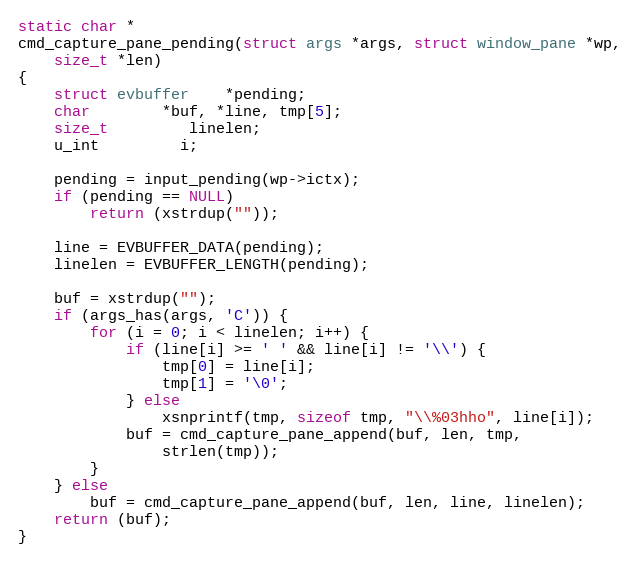
Language: C
static char *
cmd_capture_pane_pending(struct args *args, struct window_pane *wp,
    size_t *len)
{
	struct evbuffer	*pending;
	char		*buf, *line, tmp[5];
	size_t		 linelen;
	u_int		 i;

	pending = input_pending(wp->ictx);
	if (pending == NULL)
		return (xstrdup(""));

	line = EVBUFFER_DATA(pending);
	linelen = EVBUFFER_LENGTH(pending);

	buf = xstrdup("");
	if (args_has(args, 'C')) {
		for (i = 0; i < linelen; i++) {
			if (line[i] >= ' ' && line[i] != '\\') {
				tmp[0] = line[i];
				tmp[1] = '\0';
			} else
				xsnprintf(tmp, sizeof tmp, "\\%03hho", line[i]);
			buf = cmd_capture_pane_append(buf, len, tmp,
			    strlen(tmp));
		}
	} else
		buf = cmd_capture_pane_append(buf, len, line, linelen);
	return (buf);
}